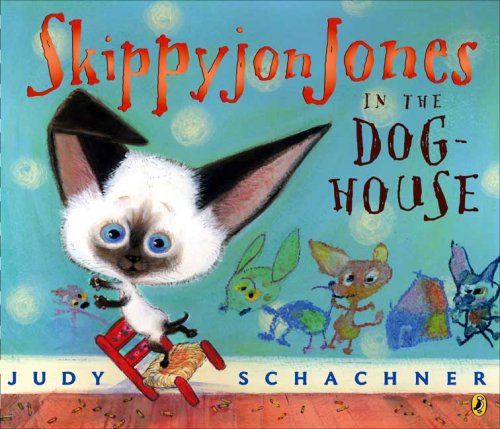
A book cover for Skippyjon Jones in the Doghouse; Judy Schachner; Children's Books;